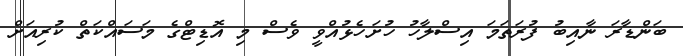
ބަންޑާރަ ނާއިބު ފުރަތަމަ އިސްލާހު ހުށަހެޅުއްވީ ވެސް މި އޮޑިޓްގެ މަސައްކަތް ކުރިއަށް